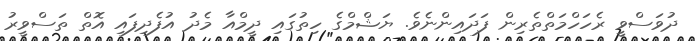
ދުވަސްވީ ރެހަހްމަތްތެރިން ފަދައިންނެވެ. ޔަޝްމްގެ ހިތުގައި ދީމްއާ މެދު އުފެދިފައި އޮތް ތަސްވީރު